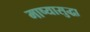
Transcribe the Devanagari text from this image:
माष्यासुद्धा